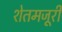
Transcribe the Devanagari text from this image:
शेतमजूरी